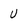
Character: U